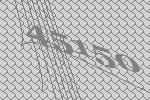
45150